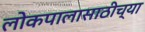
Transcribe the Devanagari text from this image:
लोकपालासाठीच्या